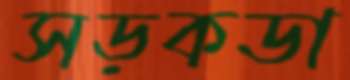
সড়কডা